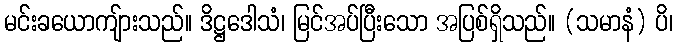
မင်းခယောကျ်ားသည်။ ဒိဋ္ဌဒေါသံ၊ မြင်အပ်ပြီးသော အပြစ်ရှိသည်။ (သမာနံ) ပိ၊